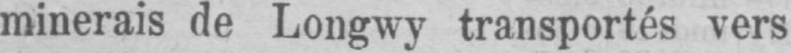
minerais de Longwy transportés vers